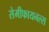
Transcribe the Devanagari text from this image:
सेमीफायनल्स